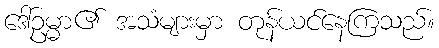
ဒေါ်ဥမ္မာ၏ အသံများမှာ တုန်ယင်နေကြသည်။